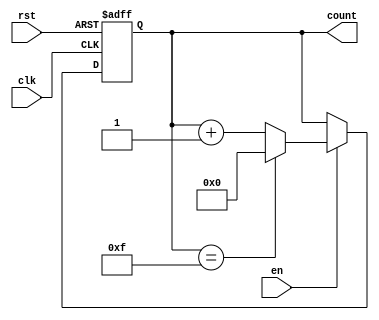
module MemoryBlocksBinaryCounter #(
    parameter WIDTH = 4,           // Width of the counter (number of bits)
    parameter INITIAL_VALUE = 0,   // Initial value of the counter
    parameter MAX_VALUE = (1 << WIDTH) - 1 // Maximum value based on width
)(
    input wire clk,                // Clock signal
    input wire rst,                // Asynchronous reset signal
    input wire en,                 // Enable signal
    output reg [WIDTH-1:0] count   // Output count value
);

    // Always block for the counter logic
    always @(posedge clk or posedge rst) begin
        if (rst) begin
            // Reset the counter to the initial value
            count <= INITIAL_VALUE;
        end else if (en) begin
            // Increment the counter if enabled
            if (count == MAX_VALUE) begin
                count <= INITIAL_VALUE; // Roll over to initial value
            end else begin
                count <= count + 1;      // Increment count
            end
        end
    end

endmodule